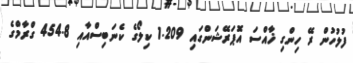
ފުލުހުން ރޭ ހިންގި ޚާއްސަ އޮަޕަރޭޝަންގައި 1.209 ކިލޯގެ ކެނަބިސްއާއި 454.8 ގްރާމްގެ